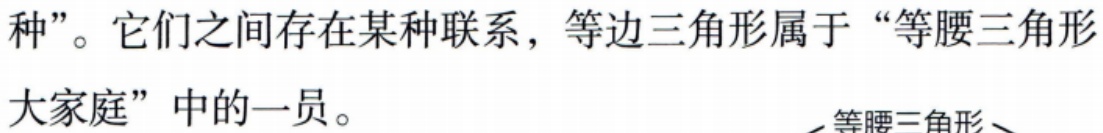
种”。它们之间存在某种联系，等边三角形属于“等腰三角形

大家庭”中的一员。

等腰三角形